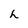
Character: h